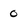
Character: 0